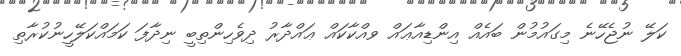
ކަލޭ ނުޖެހޭނެ މިގައުމުން ބައެއް އިންޑިއާޢައް ވއްކާކައް ޢައްދާރު ދިވެހިންތިބީ ނިދާފަ ކަމައްކަލޭހީނުކުރާތި